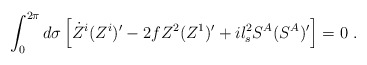
\begin{align*} \int_0^{2\pi} d\sigma \left[ \dot{Z}^i (Z^i)' - 2 f Z^2 (Z^1)' + i l_s^2 S^A (S^A)' \right] = 0~.\end{align*}